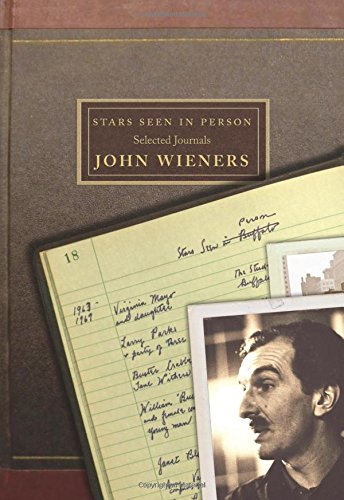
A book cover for Stars Seen in Person: Selected Journals of John Wieners; John Wieners; Literature & Fiction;